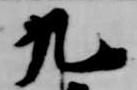
九